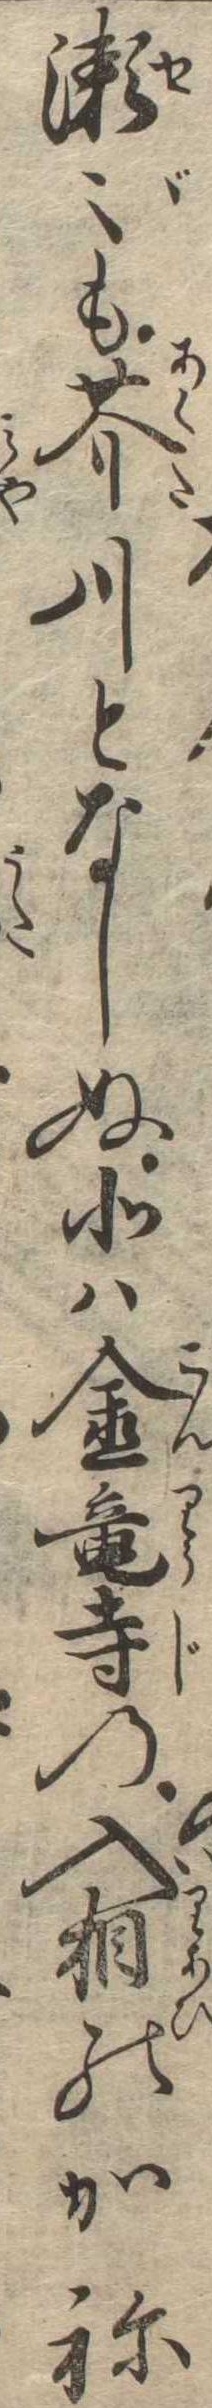
瀬〻も芥川となしぬ北は金竜寺の入相のかね